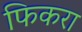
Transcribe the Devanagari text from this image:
फिकरा